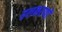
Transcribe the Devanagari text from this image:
हलकरणों